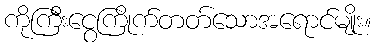
ကိုကြီးငွေကြိုက်တတ်သောအရောင်မျိုး။